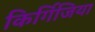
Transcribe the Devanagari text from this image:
किर्गिजिया